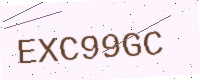
Text: EXC99GC